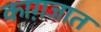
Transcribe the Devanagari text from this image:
काग़जात